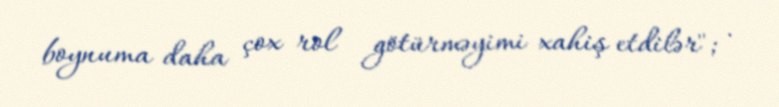
boynuma daha çox rol götürməyimi xahiş etdilər"; .